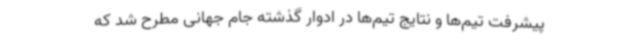
پیشرفت تیم‌ها و نتایج تیم‌ها در ادوار گذشته جام جهانی مطرح شد که